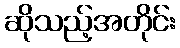
ဆိုသည့်အတိုင်း